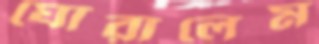
ঘোরালেম